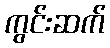
ကွင်းဆက်